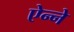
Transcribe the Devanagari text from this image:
ऐन्ने